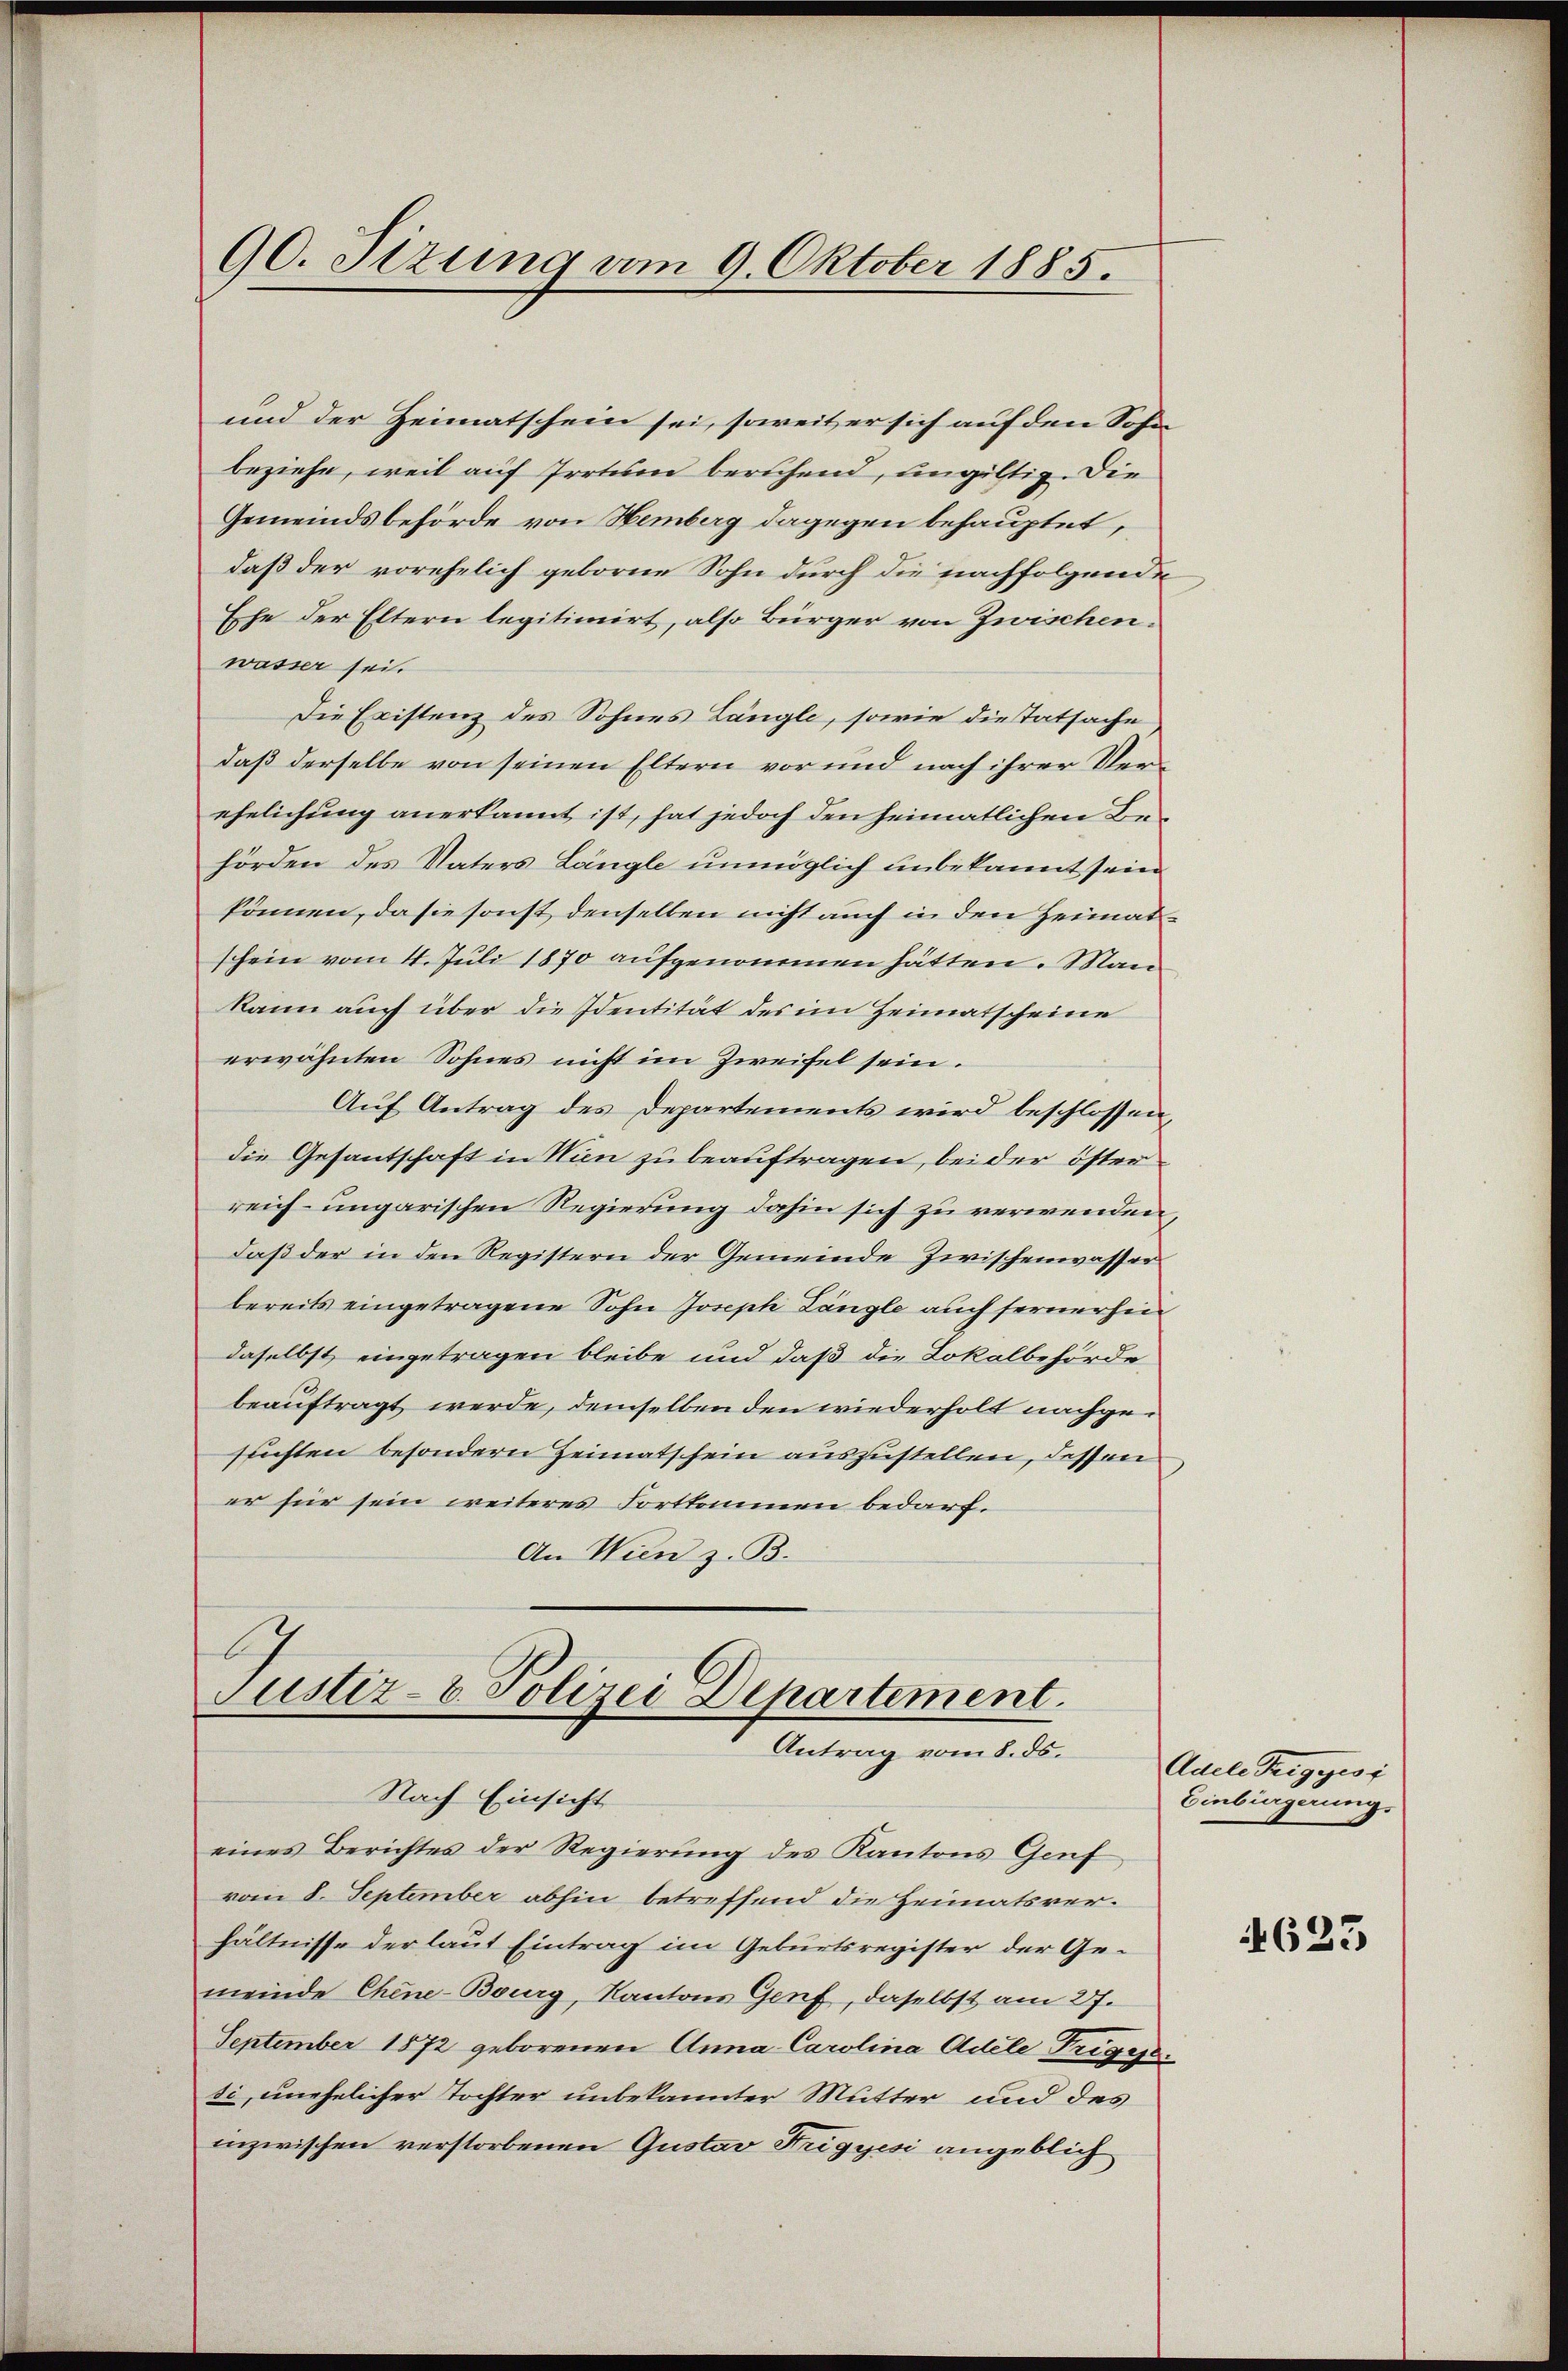
90. Sezung vom 9. Oktober 1885.

und der Heimatschein sei, soweit er sich auf den Sohn
beziehe, weil auf Irrtum beruhend, ungültig. Die
Gemeindsbehörde von Hemberg dagegen behauptet,
daß der vorehelich geborne Sohn durch die nachfolgende
Ehe der Eltern legitimirt, also Bürger von Zwischen.
wasser sei.
Die Existenz des Sohnes Längle, sowie dietatsache
daß derselbe von seinen Eltern vor und nach ihrer Verehelichung anerkannt ist, hat jedoch den heimatlichen Behörden des Vaters Längle unmöglich unbekannt sein
können, da sie sonst denselben nicht auch in den Heimatschein vom 4. Juli 1870 aufgenommen hätten. Man
kann auch über die Identität des im Heimatscheine
erwähnten Sohnes nicht im Zweifel sein.
Auf Antrag des Departements wird beschlossen,
die Gesantschaft in Nien zu beauftragen, bei der öster
reich- ungarischen Regierung dahin sich zu verwenden,
daß der in den Registern der Gemeinde Zwischenswasserbereits eingetragene Sohn Joseph Längle auch fernerhin
daselbst eingetragen bleibe und daß die Lokalbehörde
beauftragt werde, demselben den wiederholt nachgesuchten besondern Heimatschein auszustellen, dessen
er für sein weiteres Fortkommen bedarf.
An Wien z. B.

Justiz- & Polizei Departement.
Antrag vom 8. ds.
Nach Einsicht

eines Berichtes der Regierung des Kantons Genf
vom 8. September abhin betreffend die Heimatsverhältnisse der laut Eintrag im Geburtsregister der Gemeinde Chine-Bourg, Kantons Genf, daselbst am 27.
September 1872 geborenen Anna Carolina Adele Trigesesi, unehelicher Tochter unbekannter Mutter und des
inzwischen verstorbenen Gustav Trigyisi angeblich

Aacle Teiggesi
Einbürgerung.

623